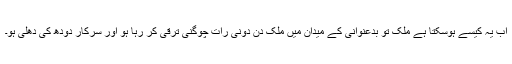
اب یہ کیسے ہوسکتا ہے ملک تو بدعنوانی کے میدان میں ملک دن دونی رات چوگنی ترقی کر رہا ہو اور سرکار دودھ کی دھلی ہو۔